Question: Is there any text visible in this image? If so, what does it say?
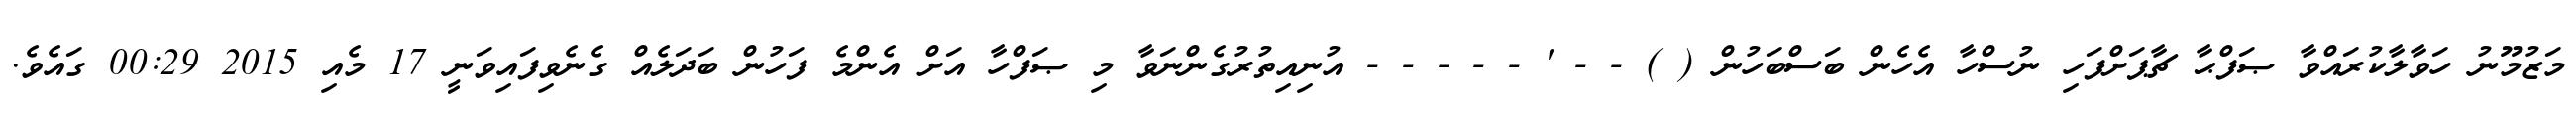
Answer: މަޒުމޫނު ހަވާލާކުރައްވާ ޞަފްޙާ ޗާޕަށްފަހި ނުސްހާ އެހެން ބަސްބަހުން ( ) - - ' - - - - - އުނިއިތުރުގެންނަވާ މި ޞަފްހާ އަށް އެންމެ ފަހުން ބަދަލެއް ގެނެވިފައިވަނީ 17 މެއި 2015 00:29 ގައެވެ.